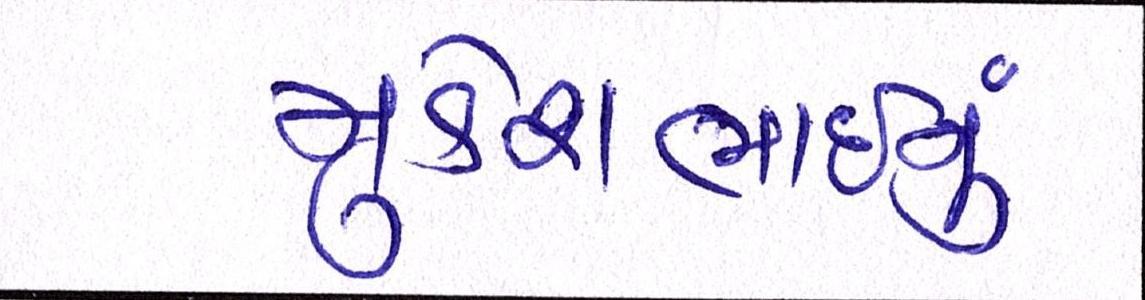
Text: મુકેશભાઈનું